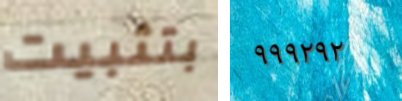
بتثبيت ٩٩٩٢٩٢